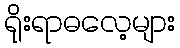
ရိုးရာဓလေ့များ